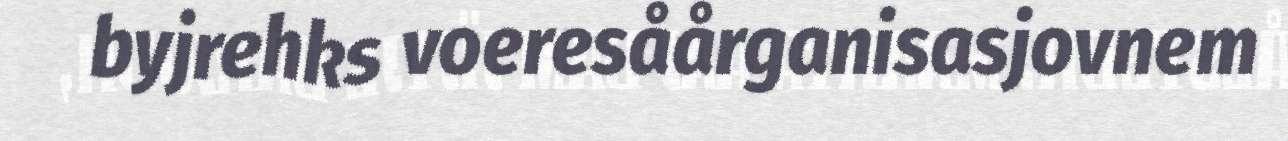
byjrehks voeresåårganisasjovnem